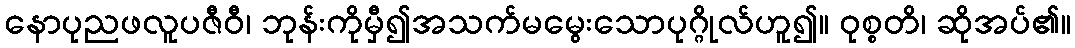
နောပုညဖလူပဇီဝီ၊ ဘုန်းကိုမှီ၍အသက်မမွေးသောပုဂ္ဂိုလ်ဟူ၍။ ဝုစ္စတိ၊ ဆိုအပ်၏။